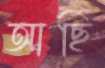
আছি